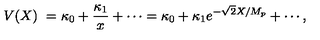
V ( X ) \ = \kappa _ { 0 } + { \frac { \kappa _ { 1 } } { x } } + \cdots = \kappa _ { 0 } + \kappa _ { 1 } e ^ { - \sqrt { 2 } X / M _ { p } } + \cdots ,